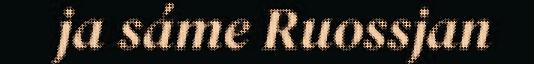
ja sáme Ruossjan